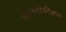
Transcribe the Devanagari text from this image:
मानववंशविज्ञान